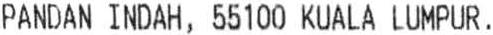
PANDAN INDAH, 55100 KUALA LUMPUR.